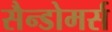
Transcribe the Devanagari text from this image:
सैन्डोमर्स